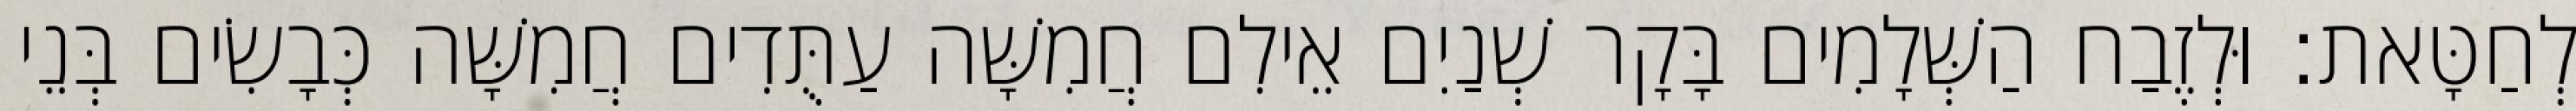
לְחַטָּאת׃ וּלְזֶבַח הַשְּׁלָמִים בָּקָר שְׁנַיִם אֵילִם חֲמִשָּׁה עַתֻּדִים חֲמִשָּׁה כְּבָשִׂים בְּנֵי